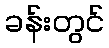
ခန်းတွင်